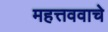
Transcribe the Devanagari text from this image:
महत्तववाचे